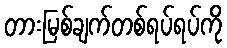
တားမြစ်ချက်တစ်ရပ်ရပ်ကို